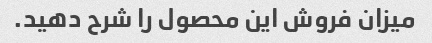
میزان فروش این محصول را شرح دهید.